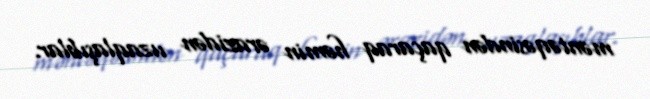
məntəqəsindən qaçaraq həmin ərazidən uzaqlaşıblar.